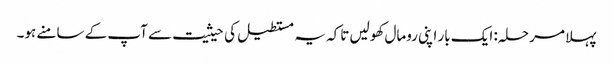
پہلا مرحلہ: ایک بار اپنی رومال کھولیں تاکہ یہ مستطیل کی حیثیت سے آپ کے سامنے ہو۔